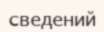
сведений